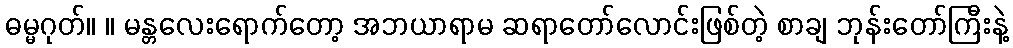
ဓမ္မဂုတ်။ ။ မန္တလေးရောက်တော့ အဘယာရာမ ဆရာတော်လောင်းဖြစ်တဲ့ စာချ ဘုန်းတော်ကြီးနဲ့